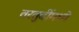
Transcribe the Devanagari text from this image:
तरतुदींमध्ये